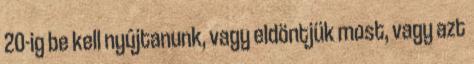
20-ig be kell nyújtanunk, vagy eldöntjük most, vagy azt